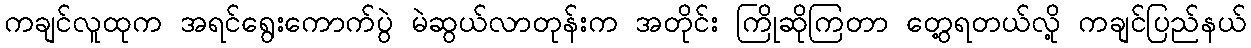
ကချင်လူထုက အရင်ရွေးကောက်ပွဲ မဲဆွယ်လာတုန်းက အတိုင်း ကြိုဆိုကြတာ တွေ့ရတယ်လို့ ကချင်ပြည်နယ်